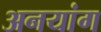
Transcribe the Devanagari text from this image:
अनयांग